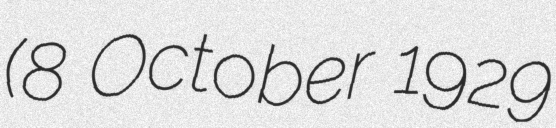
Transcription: (8 October 1929